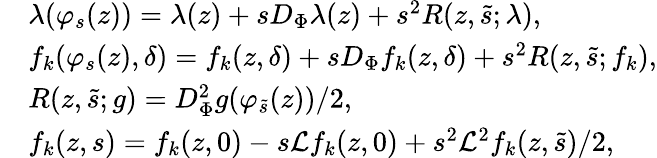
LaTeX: \begin{array}{rl}&{\lambda(\varphi_{s}(z))=\lambda(z)+sD_{\Phi}\lambda(z)+s^{2}R(z,\tilde{s};\lambda),}\\ &{f_{k}(\varphi_{s}(z),\delta)=f_{k}(z,\delta)+sD_{\Phi}f_{k}(z,\delta)+s^{2}R(z,\tilde{s};f_{k}),}\\ &{R(z,\tilde{s};g)=D_{\Phi}^{2}g(\varphi_{\tilde{s}}(z))/2,}\\ &{f_{k}(z,s)=f_{k}(z,0)-s\mathcal{L}f_{k}(z,0)+s^{2}\mathcal{L}^{2}f_{k}(z,\tilde{s})/2,}\end{array}